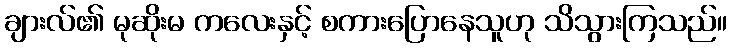
ချားလ်၏ မုဆိုးမ ကလေးနှင့် စကားပြောနေသူဟု သိသွားကြသည်။